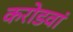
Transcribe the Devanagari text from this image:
करोडवां